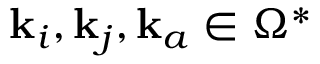
\mathbf { k } _ { i } , \mathbf { k } _ { j } , \mathbf { k } _ { a } \in \Omega ^ { * }